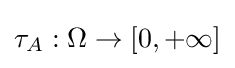
\tau _{A}:\Omega \to [0,+\infty ]